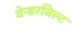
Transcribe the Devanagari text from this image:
वेन्डरबिल्ट